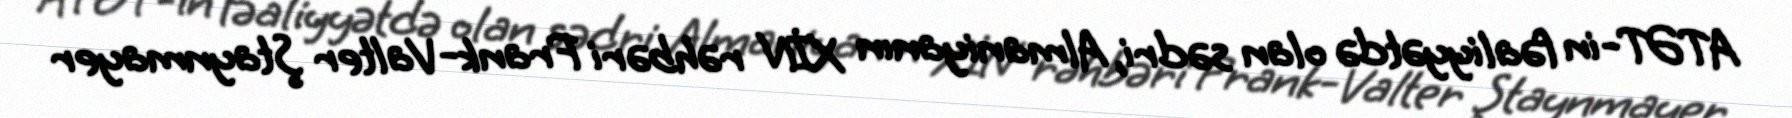
ATƏT-in fəaliyyətdə olan sədri, Almaniyanın XİN rəhbəri Frank-Valter Ştaynmayer